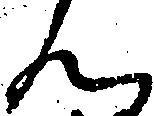
ん